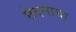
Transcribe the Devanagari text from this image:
छेदनाचा